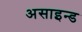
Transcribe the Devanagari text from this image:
असाइन्ड